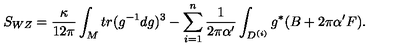
S _ { W Z } = \frac { \kappa } { 1 2 \pi } \int _ { M } t r ( g ^ { - 1 } d g ) ^ { 3 } - \sum _ { i = 1 } ^ { n } \frac { 1 } { 2 \pi \alpha ^ { \prime } } \int _ { D ^ { ( i ) } } g ^ { * } ( B + 2 \pi \alpha ^ { \prime } F ) .